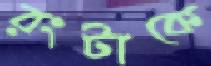
রংটাকে